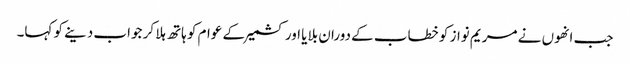
جب انھوں نے مریم نواز کو خطاب کے دوران بلایا اور کشمیر کے عوام کو ہاتھ ہلا کر جواب دینے کو کہا۔